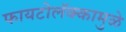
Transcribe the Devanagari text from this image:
फायटोलॅक्कामुळे